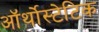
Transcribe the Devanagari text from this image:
ऑर्थोस्टेटिक